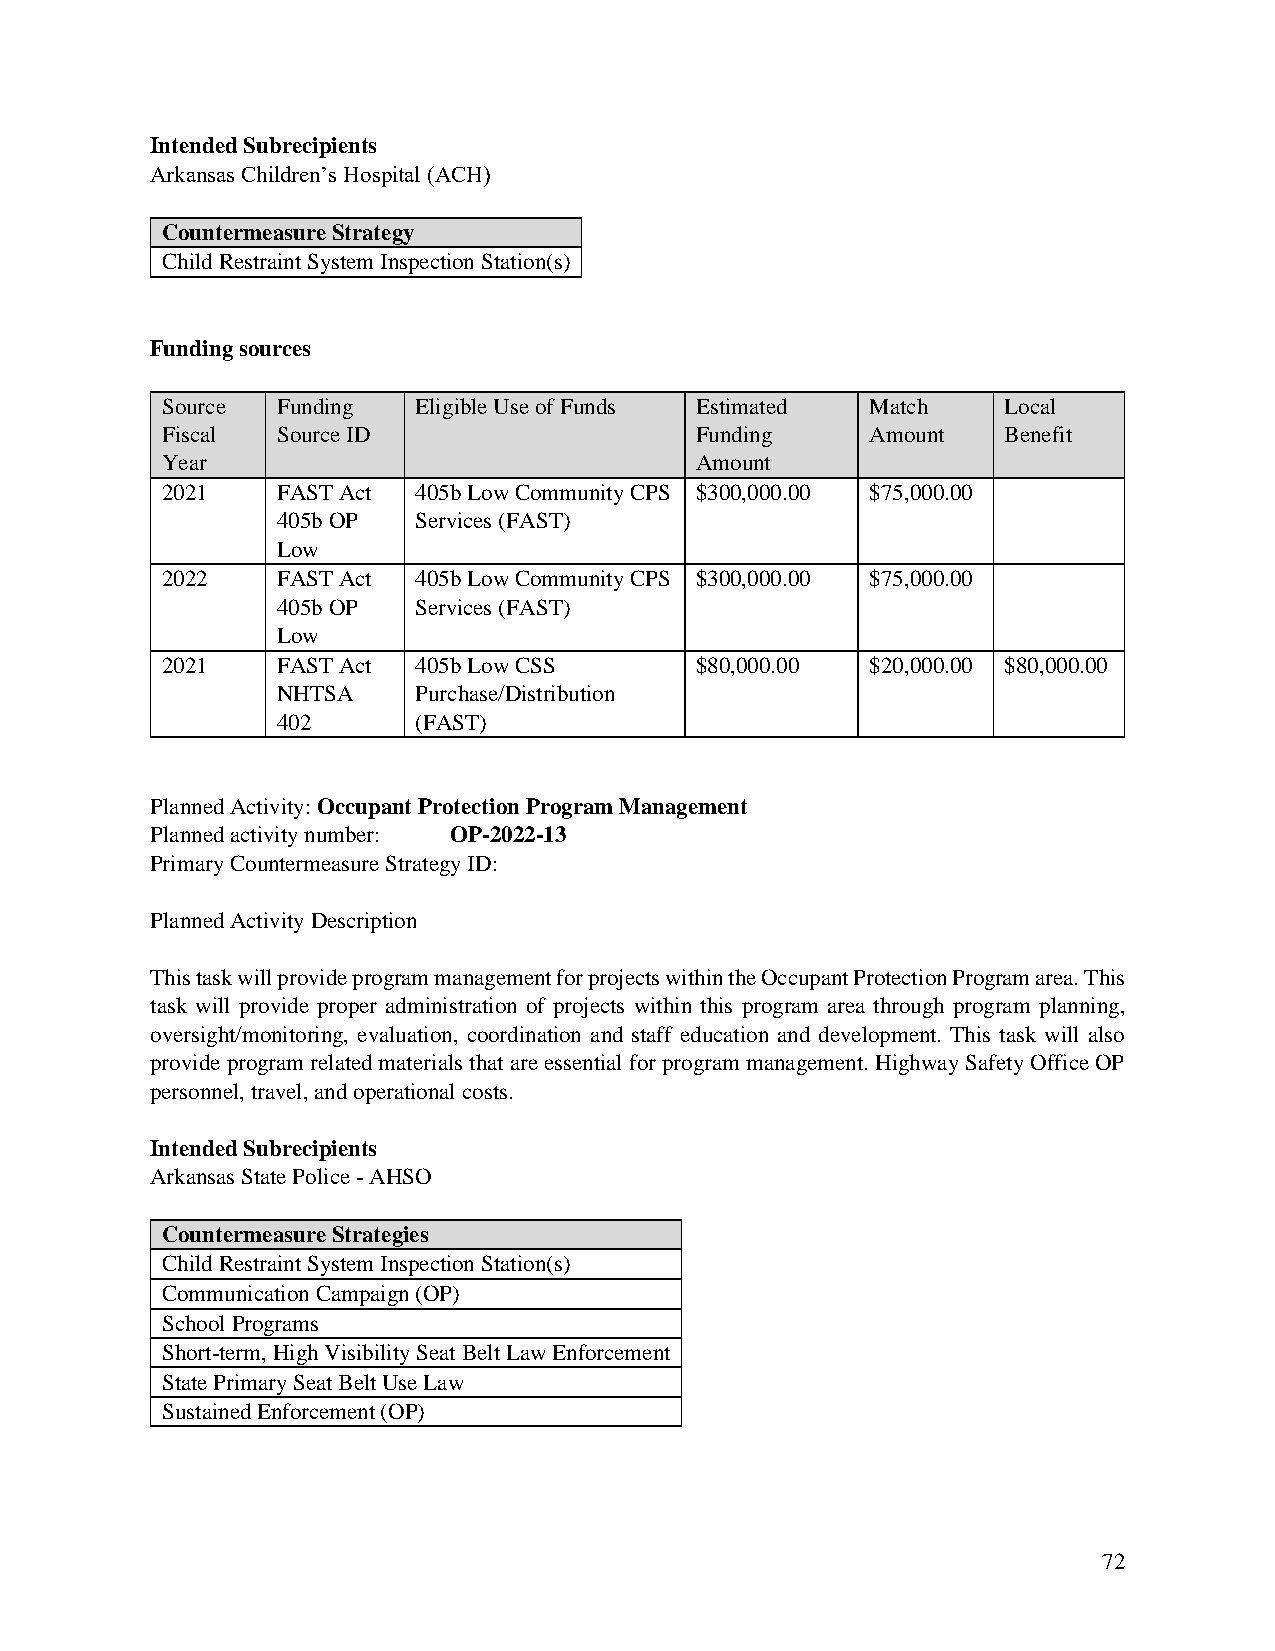
Intended Subrecipients
 Arkansas Children’s Hospital (ACH)
 Countermeasure Strategy
 Child Restraint System Inspection Station(s)
 Funding sources
 Source Funding  Eligible Use of Funds Estimated Match   Local
 Fiscal Source ID                   Funding     Amount   Benefit
 Year                               Amount
 2021   FAST Act 405b Low Community CPS $300,000.00 $75,000.00
 405b OP  Services (FAST)
 Low
 2022   FAST Act 405b Low Community CPS $300,000.00 $75,000.00
 405b OP  Services (FAST)
 Low
 2021   FAST Act 405b Low CSS       $80,000.00  $20,000.00 $80,000.00
 NHTSA    Purchase/Distribution
 402      (FAST)
 Planned Activity: Occupant Protection Program Management
 Planned activity number: OP-2022-13
 Primary Countermeasure Strategy ID:
 Planned Activity Description
 This task will provide program management for projects within the Occupant Protection Program area. This
 task will provide proper administration of projects within this program area through program planning,
 oversight/monitoring, evaluation, coordination and staff education and development. This task will also
 provide program related materials that are essential for program management. Highway Safety Office OP
 personnel, travel, and operational costs.
 Intended Subrecipients
 Arkansas State Police - AHSO
 Countermeasure Strategies
 Child Restraint System Inspection Station(s)
 Communication Campaign (OP)
 School Programs
 Short-term, High Visibility Seat Belt Law Enforcement
 State Primary Seat Belt Use Law
 Sustained Enforcement (OP)
 72